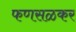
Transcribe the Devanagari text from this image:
फणसळकर